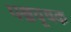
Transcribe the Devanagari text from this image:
पश्चचूषक